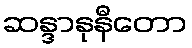
ဆန္ဒာနုနီတော